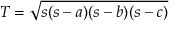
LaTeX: T = { \sqrt { s ( s - a ) ( s - b ) ( s - c ) } }